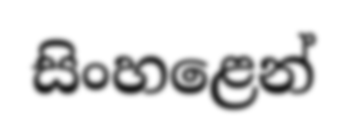
සිංහළෙන්